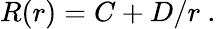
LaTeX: R(r)=C+D/r\ .